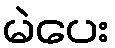
မဲပေး